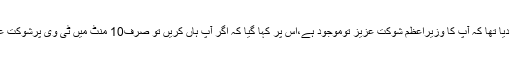
انہوں نے بتایا کہ انہوں نے جواب دیا تھا کہ آپ کا وزیراعظم شوکت عزیز توموجود ہے،اس پر کہا گیا کہ اگر آپ ہاں کریں تو صرف10 منٹ میں ٹی وی پرشوکت عزیز کے استعفے کی خبرآئے گی۔